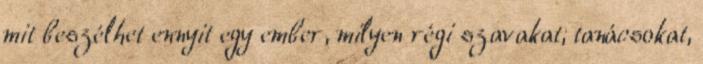
mit beszélhet ennyit egy ember, milyen régi szavakat, tanácsokat,